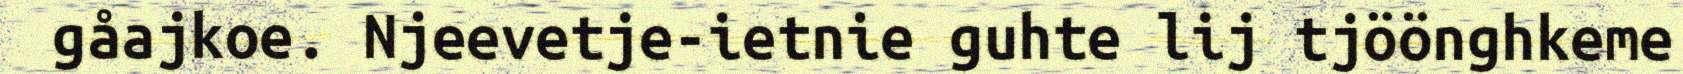
gåajkoe. Njeevetje-ietnie guhte lij tjöönghkeme